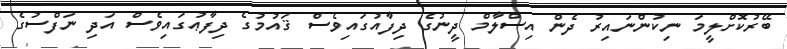
ބޭރުކޮށްލީމަ ނިކުންނައިރު ދެން އިސްލާމް ދީނުގެ ދިފާއުގައިވެސް ޤައުމުގެ ދިފާޢުގައިވެސް އަދި ނަފްސުގެ